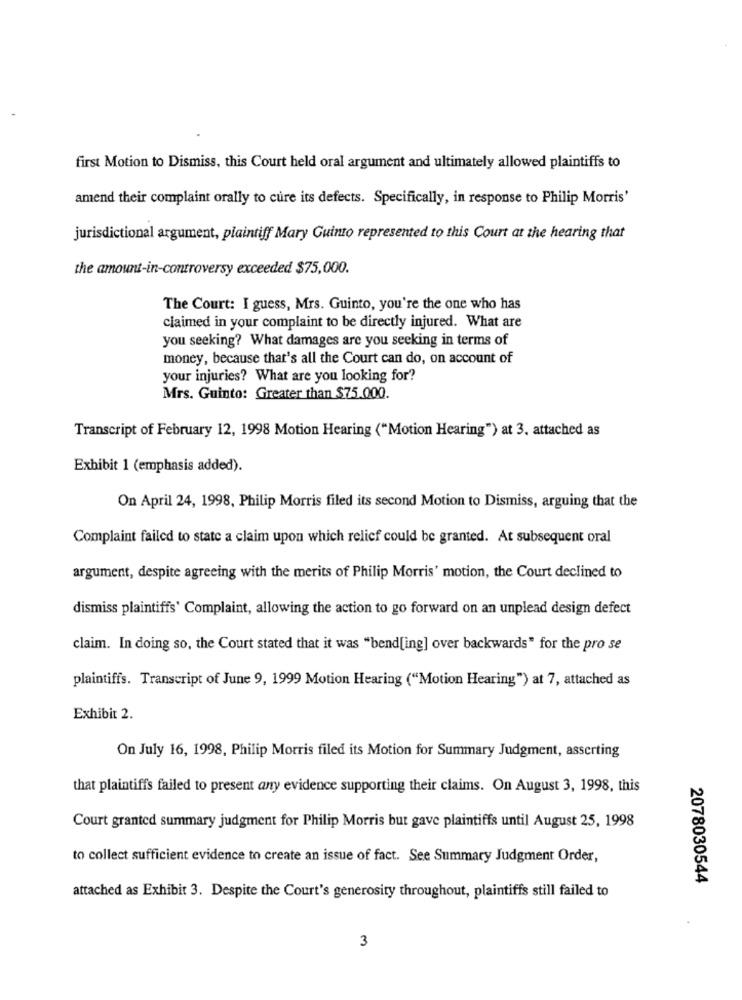
first Motion to Dismiss, this Court held oral argument and ultimately allowed plaintiffs to
amend their complaint orally to cure its defects. Specifically, in response to Philip Morris'
jurisdictional argument, plaintiff Mary Guinto represented to this Court at the hearing that
the amount-in-controversy exceeded $75,000.
The Court: I guess, Mrs. Guinto, you're the one who has
claimed in your complaint to be directly injured. What are
you seeking? What damages are you seeking in terms of
money, because that's all the Court can do, on account of
your injuries? What are you looking for?
Mrs. Guinto: Greater than $75.000.
Transcript of February 12, 1998 Motion Hearing ("Motion Hearing") at 3. attached as
Exhibit 1 (emphasis added).
On April 24, 1998, Philip Morris filed its second Motion to Dismiss, arguing that the
Complaint failed to state a claim upon which relief could be granted. At subsequent oral
argument, despite agreeing with the merits of Philip Morris' motion, the Court declined to
dismiss plaintiffs' Complaint, allowing the action to go forward on an unplead design defect
claim. In doing so, the Court stated that it was "bend[ing] over backwards" for the pro se
plaintiffs. Transcript of June 9, 1999 Motion Hearing ("Motion Hearing") at 7, attached as
Exhibit 2.
On July 16, 1998, Philip Morris filed its Motion for Summary Judgment, asserting
that plaintiffs failed to present any evidence supporting their claims. On August 3, 1998, this
Court granted summary judgment for Philip Morris but gave plaintiffs until August 25, 1998
to collect sufficient evidence to create an issue of fact. See Summary Judgment Order,
2078030544
attached as Exhibit 3. Despite the Court's generosity throughout, plaintiffs still failed to
3